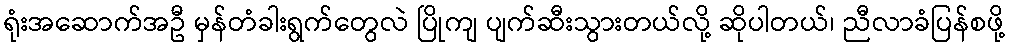
ရုံးအဆောက်အဦ မှန်တံခါးရွက်တွေလဲ ပြိုကျ ပျက်ဆီးသွားတယ်လို့ ဆိုပါတယ်၊ ညီလာခံပြန်စဖို့